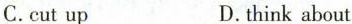
C.cut up D.think about